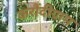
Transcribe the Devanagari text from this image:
करौंदीग्राम